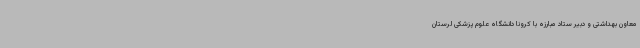
معاون بهداشتی و دبیر ستاد مبارزه با کرونا دانشگاه علوم پزشکی لرستان